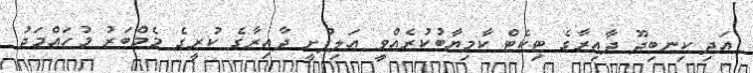
އަދި ކިނބިދޫ ދާއިރާގެ ޓިކެޓް ކާމިޔާބުކުރެއްވީ އަލިފުށީ ދާއިރާގެ ކުރީގެ މެމްބަރު މުހައްމަދު